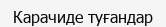
Карачиде туғандар